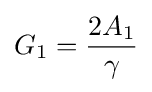
G_{1}={\frac {2A_{1}}{\gamma }}